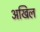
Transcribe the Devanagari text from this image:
अखिल